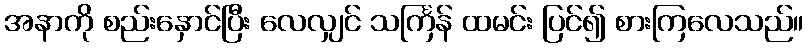
အနာကို စည်းနှောင်ပြီး လေလျှင် သင်္ကြန် ထမင်း ပြင်၍ စားကြလေသည်။